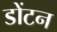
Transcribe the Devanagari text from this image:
डोंटन